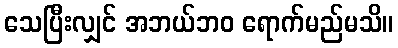
သေပြီးလျှင် အဘယ်ဘဝ ရောက်မည်မသိ။